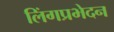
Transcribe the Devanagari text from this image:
लिंगप्रभेदन